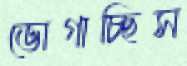
ভোগাচ্ছিস